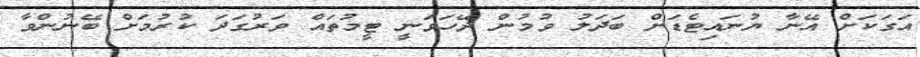
އަގަކަށް އޭނާ ޔުނައިޓެޑަށް ބަދަލު ވުމުން ދޭހަވަނީ ޓީމުތައް ވަރުގަދަ ކުރުމަށް ބޭނުންވާ